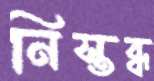
নিস্তব্ধ